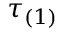
\tau _ { ( 1 ) }